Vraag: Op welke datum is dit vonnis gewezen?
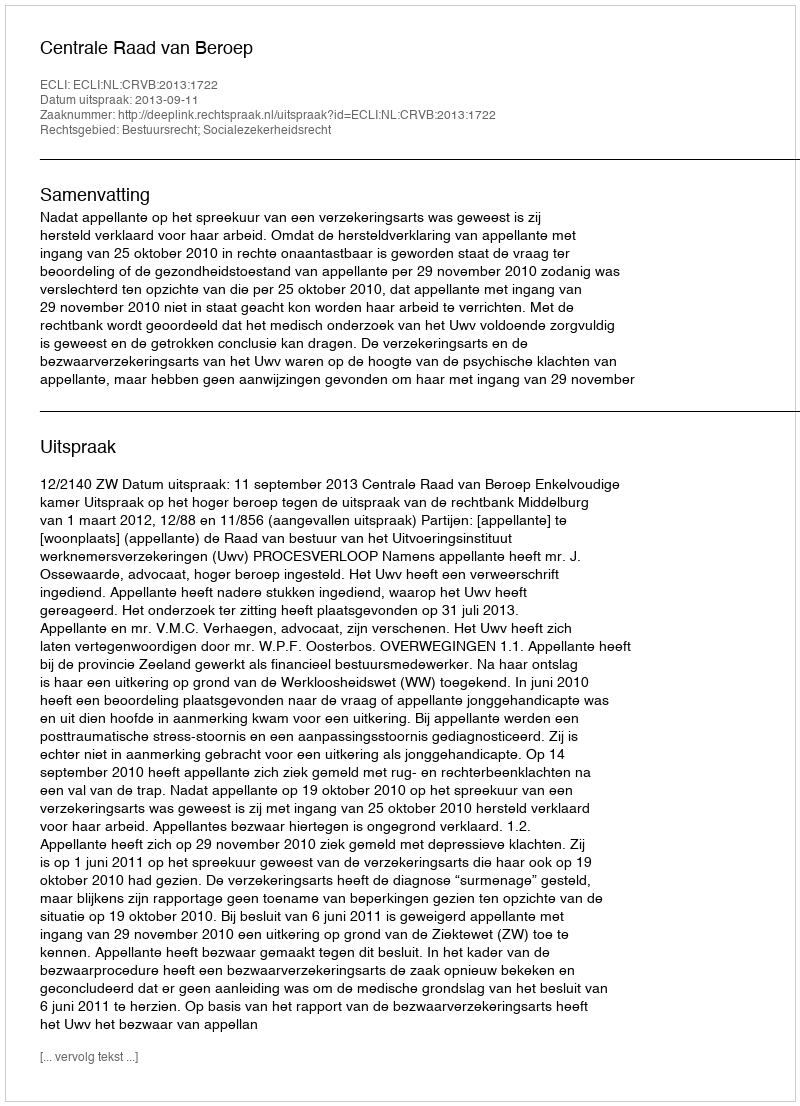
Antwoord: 2013-09-11